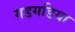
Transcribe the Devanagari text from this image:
गडगडिया